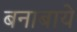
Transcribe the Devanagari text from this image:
बनाबाये